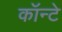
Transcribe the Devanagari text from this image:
कॉन्टे